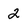
Character: 2